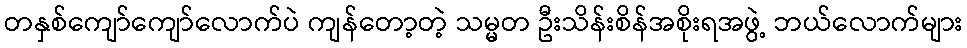
တနှစ်ကျော်ကျော်လောက်ပဲ ကျန်တော့တဲ့ သမ္မတ ဦးသိန်းစိန်အစိုးရအဖွဲ့ ဘယ်လောက်များ